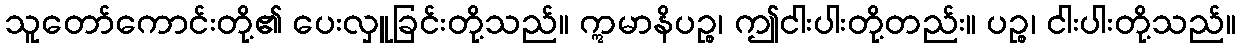
သူတော်ကောင်းတို့၏ ပေးလှူခြင်းတို့သည်။ ဣမာနိပဉ္စ၊ ဤငါးပါးတို့တည်း။ ပဉ္စ၊ ငါးပါးတို့သည်။